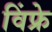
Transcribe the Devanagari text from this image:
विंफ्रे